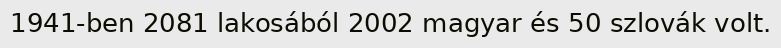
1941-ben 2081 lakosából 2002 magyar és 50 szlovák volt.